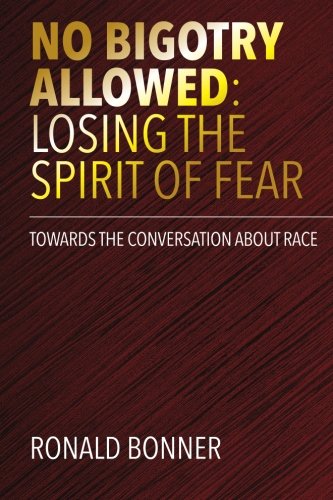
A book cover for No Bigotry Allowed: Losing the Spirit of Fear: Towards the Conversation about Race; Ronald Bonner; History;